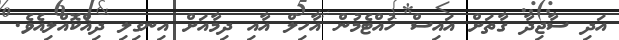
އަދި ސާޖިދާ ގާތަށް އައިސް ހުއްޓެމުން އާހިލް އާއި ދިމާއަށް އިނގިލި ދިއްކޮއްލިއެވެ.